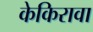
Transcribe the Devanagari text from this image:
केकिरावा